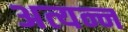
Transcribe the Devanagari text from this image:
अत्यन्न